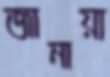
জানায়া